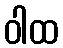
ဝါထ